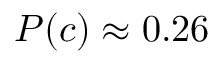
P ( c ) \approx 0 . 2 6